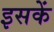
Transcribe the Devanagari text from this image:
इसकें